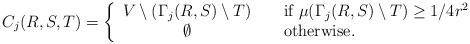
LaTeX: \begin{align*} C_j(R,S,T) = \left\{ \begin{array}{c@{\qquad}l} V \setminus (\Gamma_j(R,S) \setminus T) & \mbox{if $\mu(\Gamma_j(R,S)\setminus T)\ge 1/4r^2$}\\ \emptyset &\mbox{otherwise.} \end{array} \right.\end{align*}